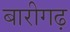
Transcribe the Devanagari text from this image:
बारीगढ़